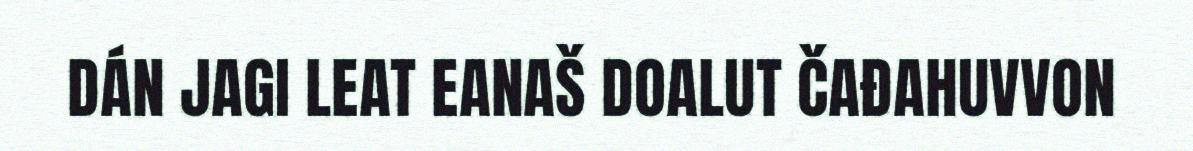
DÁN JAGI LEAT EANAŠ DOALUT ČAĐAHUVVON